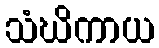
သံဃိကာယ